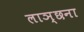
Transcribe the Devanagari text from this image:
लाञ्छना